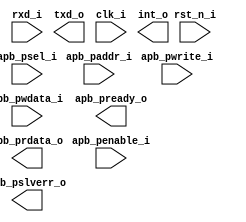
/*******************************************************************************
    Verilog netlist generated by IPGEN Lattice Propel (64-bit)
    2.0.2103172220
    Soft IP Version: 1.1.1
    2021 03 26 11:28:26
*******************************************************************************/
/*******************************************************************************
    Wrapper Module generated per user settings.
*******************************************************************************/
module uart0 (rxd_i, txd_o, clk_i, rst_n_i, int_o, apb_penable_i, apb_psel_i,
    apb_pwrite_i, apb_paddr_i, apb_pwdata_i, apb_pready_o, apb_pslverr_o,
    apb_prdata_o)/* synthesis syn_black_box syn_declare_black_box=1 */;
    input  rxd_i;
    output  txd_o;
    input  clk_i;
    input  rst_n_i;
    output  int_o;
    input  apb_penable_i;
    input  apb_psel_i;
    input  apb_pwrite_i;
    input  [5:0]  apb_paddr_i;
    input  [31:0]  apb_pwdata_i;
    output  apb_pready_o;
    output  apb_pslverr_o;
    output  [31:0]  apb_prdata_o;
endmodule